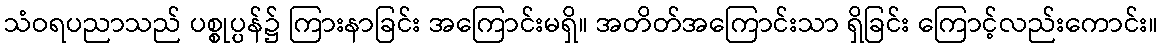
သံဝရပညာသည် ပစ္စုပ္ပန်၌ ကြားနာခြင်း အကြောင်းမရှိ။ အတိတ်အကြောင်းသာ ရှိခြင်း ကြောင့်လည်းကောင်း။